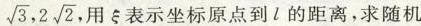
\sqrt{3},2 \sqrt{2} 用ξ表示坐标原点到l的距离，求随机